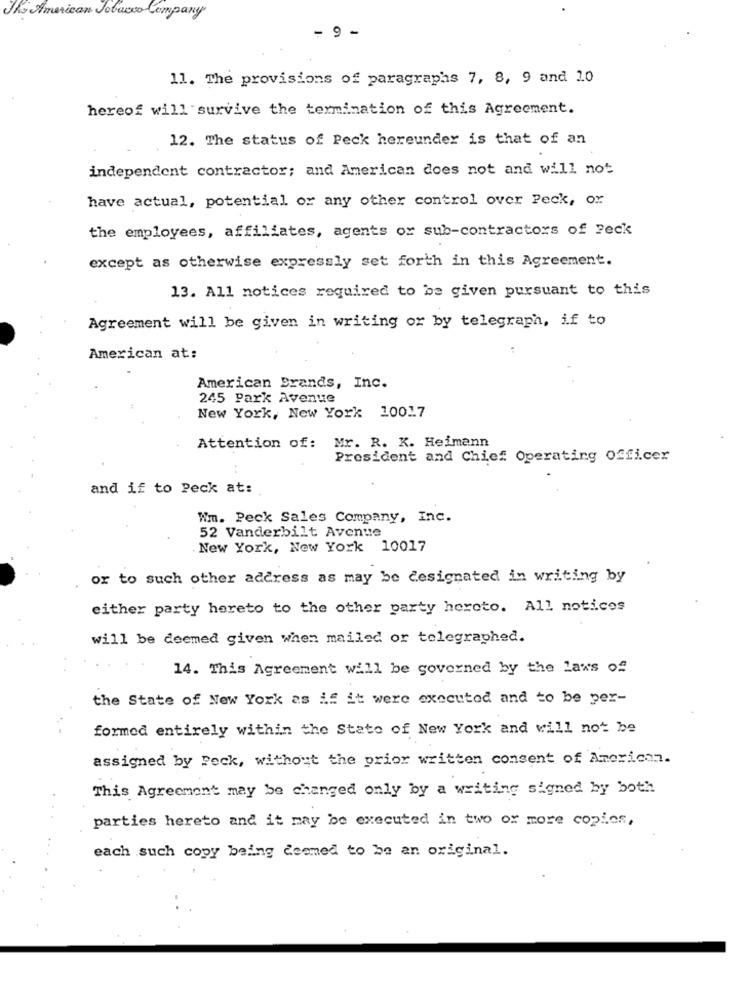
The American Tobacco Company
- 9 -
11. The provisions of paragraphs 7, 8, 9 and 10
hereof will survive the termination of this Agreement.
12. The status of Peck hereunder is that of an
independent contractor; and American does not and will not
have actual, potential or any other control over Peck, or
the employees, affiliates, agents of sub-contractors of Feck
except as otherwise expressly set forth in this Agreement.
13. All notices required to be given pursuant to this
Agreement will be given in writing or by telegraph, if to
American at:
American Brands, Inc.
245 Park Avenue
New York, New York 10017
Attention of: Mr. R. K. Heimann
President and Chief Operating Officer
and if to Peck at:
Wm. Peck Sales Company, Inc.
52 Vanderbilt Avenue
New York, New York 10017
or to such other address as may be designated in writing by
either party hereto to the other party hereto. All notices
will be deemed given when mailed or telegraphed.
14. This Agreement will be governed by the laws of
the State of New York as if it were executed and to be per-
formed entirely within the State of New York and will not be
assigned by Peck, without the prior written consent of American.
This Agreement may be changed only by a writing signed by both
parties hereto and it may be executed in two or more copies,
each such copy being deemed to be an original.